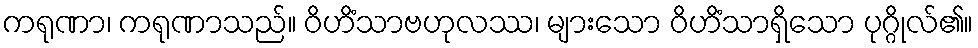
ကရုဏာ၊ ကရုဏာသည်။ ဝိဟိံသာဗဟုလဿ၊ များသော ဝိဟိံသာရှိသော ပုဂ္ဂိုလ်၏။